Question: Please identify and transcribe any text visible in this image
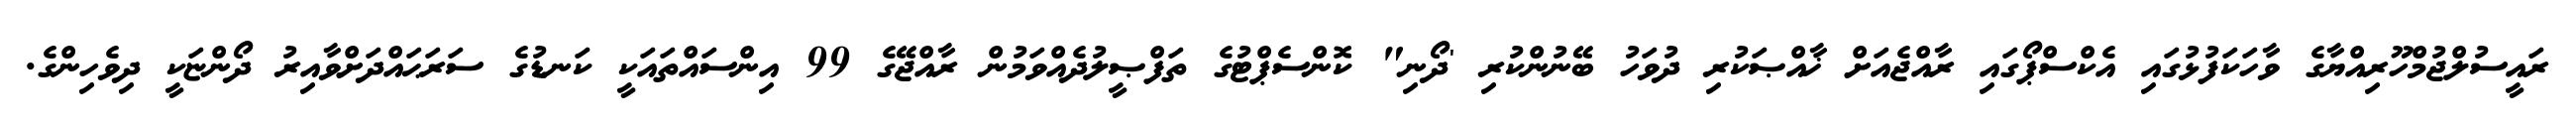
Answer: ރައީސުލްޖުމްހޫރިއްޔާގެ ވާހަކަފުޅުގައި އެކްސްޕޯގައި ރާއްޖެއަށް ޚާއްޞަކުރި ދުވަހު ބޭނުންކުރި 'ދޯނި" ކޮންސެޕްޓުގެ ތަފްޞީލުދެއްވަމުން ރާއްޖޭގެ 99 އިންސައްތައަކީ ކަނޑުގެ ސަރަޙައްދަށްވާއިރު ދޯންޏަކީ ދިވެހިންގެ.